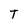
Character: T